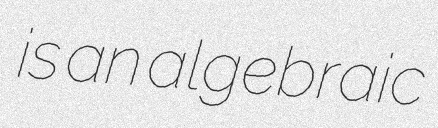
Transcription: is an algebraic